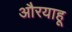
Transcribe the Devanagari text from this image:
औरयाहू